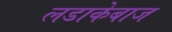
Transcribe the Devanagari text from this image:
लडाकेबाज